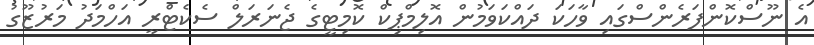
އެ ނޫސްކޮންފަރެންސްގައި ވާހަކަ ދައްކަވަމުން އޮލިމްޕިކް ކޮމިޓީގެ ޖެނަރަލް ސެކެޓްރީ އަހްމަދު މަރުޒޫގު